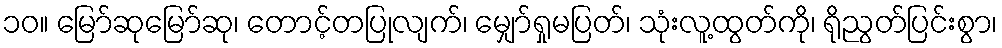
၁၀။ မြော်ဆုမြော်ဆု၊ တောင့်တပြုလျက်၊ မျှော်ရှုမပြတ်၊ သုံးလူ့ထွတ်ကို၊ ရိုညွတ်ပြင်းစွာ၊